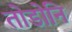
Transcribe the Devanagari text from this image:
तोडोनि